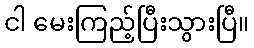
ငါ မေးကြည့်ပြီးသွားပြီ။